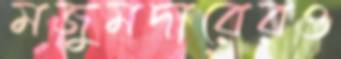
মজুমদারেরও